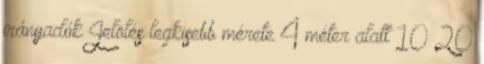
irányadók Jelölés legkisebb mérete 4 méter alatt 10 20